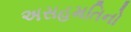
અસહમતિનો